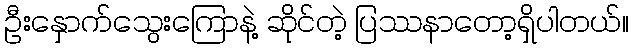
ဦးနှောက်သွေးကြောနဲ့ ဆိုင်တဲ့ ပြဿနာတော့ရှိပါတယ်။